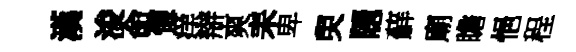
漢浚命懷痒辯爽耒卑臾隠蘚廟瞻悒程